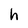
Character: h